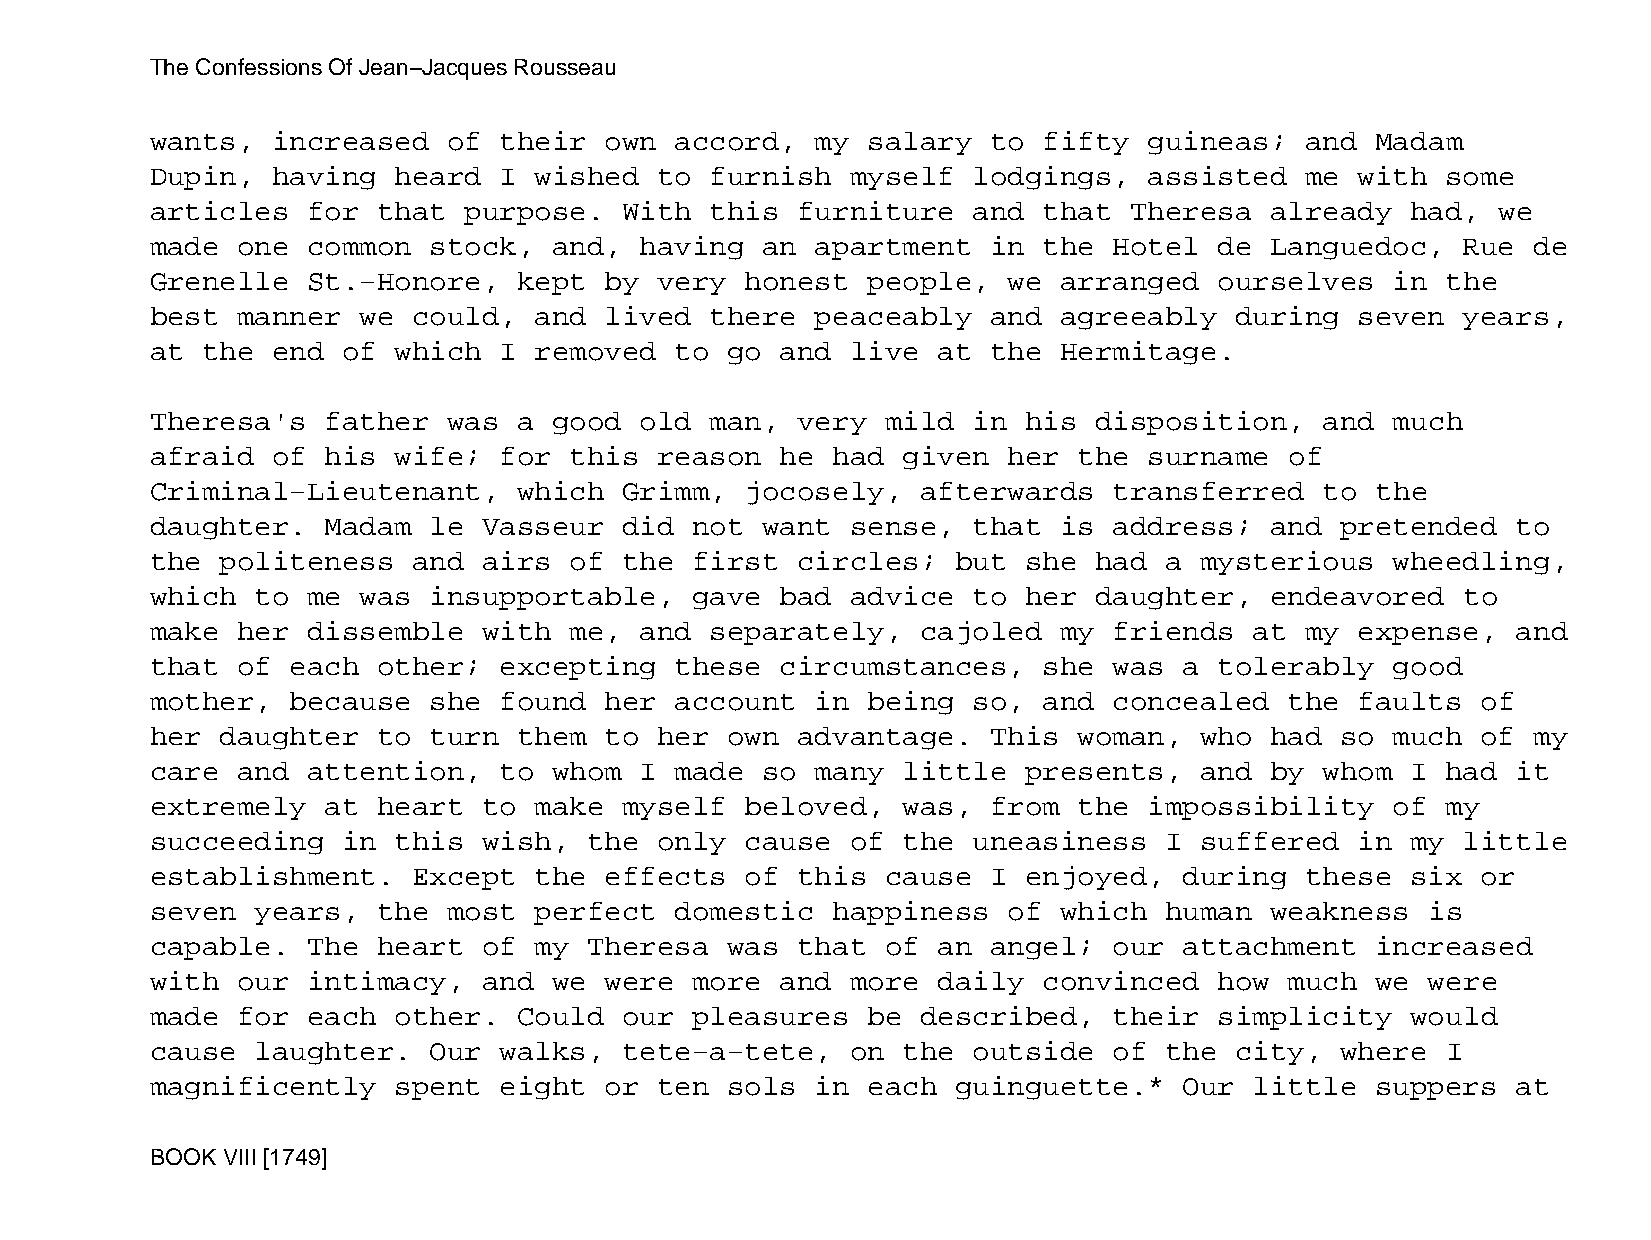
The Confessions Of Jean−Jacques Rousseau
 wants,  increased   of their  own  accord,  my salary   to fifty  guineas;  and  Madam
 Dupin,  having  heard  I wished   to furnish  myself  lodgings,   assisted  me  with  some
 articles  for  that  purpose.  With  this  furniture  and  that  Theresa  already  had,  we
 made  one common  stock,   and, having  an  apartment   in the  Hotel  de Languedoc,   Rue de
 Grenelle  St.−Honore,   kept  by  very honest  people,   we arranged   ourselves  in  the
 best  manner  we could,  and  lived  there  peaceably   and agreeably   during  seven  years,
 at the  end  of which  I removed   to go  and live  at  the Hermitage.
 Theresa's   father  was a  good old  man,  very  mild in  his disposition,    and much
 afraid  of  his wife;  for  this  reason  he had  given  her the  surname  of
 Criminal−Lieutenant,    which  Grimm,  jocosely,   afterwards   transferred   to the
 daughter.   Madam le  Vasseur  did  not want  sense,  that  is  address;  and  pretended  to
 the  politeness  and  airs  of the  first  circles;  but  she had  a mysterious   wheedling,
 which  to me  was insupportable,    gave  bad advice  to  her daughter,   endeavored   to
 make  her dissemble   with  me, and  separately,   cajoled  my  friends  at my  expense,  and
 that  of each  other;  excepting   these  circumstances,   she  was a  tolerably  good
 mother,  because  she  found  her  account  in being  so,  and  concealed  the  faults  of
 her  daughter  to turn  them  to  her own  advantage.   This woman,  who  had  so much  of my
 care  and attention,   to  whom I  made so  many  little  presents,  and  by  whom I  had it
 extremely   at heart  to make  myself  beloved,   was,  from the  impossibility   of  my
 succeeding   in this  wish,  the  only cause  of  the uneasiness   I suffered   in my  little
 establishment.   Except  the  effects  of  this  cause  I enjoyed,  during  these  six  or
 seven  years,  the  most perfect   domestic  happiness   of which  human  weakness   is
 capable.  The  heart  of my  Theresa  was  that  of an  angel;  our attachment   increased
 with  our intimacy,   and  we were  more  and more  daily  convinced   how much  we  were
 made  for each  other.  Could  our  pleasures  be  described,   their  simplicity  would
 cause  laughter.  Our  walks,  tete−a−tete,   on  the outside   of the  city,  where  I
 magnificently   spent  eight  or  ten sols  in each  guinguette.*   Our  little  suppers  at
 BOOK VIII [1749]